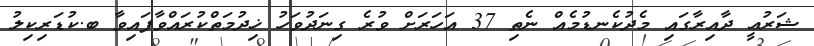
ޝަރުޢީ ދާއިރާގައި މެދުކެނޑުމެއް ނެތި 37 އަހަރަށް ވުރެ ގިނަދުވަހު ޚިދުމަތްކުރައްވާފައިވާ ބ.ކުޑަރިކިލު